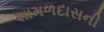
શામળદાસની